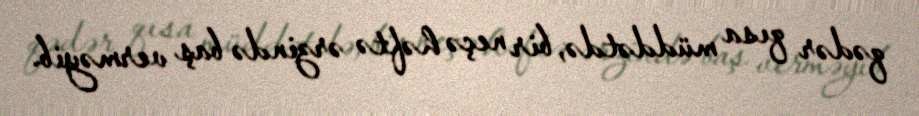
qədər qısa müddətdə, bir neçə həftə ərzində baş verməyib.